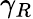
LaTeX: \gamma_{R}